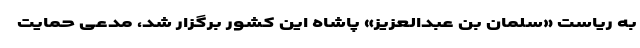
به ریاست «سلمان بن عبدالعزیز» پاشاه این کشور برگزار شد، مدعی حمایت